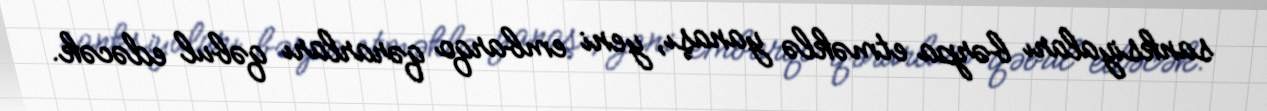
sanksiyaları bərpa etməklə yanaşı, yeni embarqo qərarları qəbul edəcək.